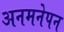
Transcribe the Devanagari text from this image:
अनमनेपन